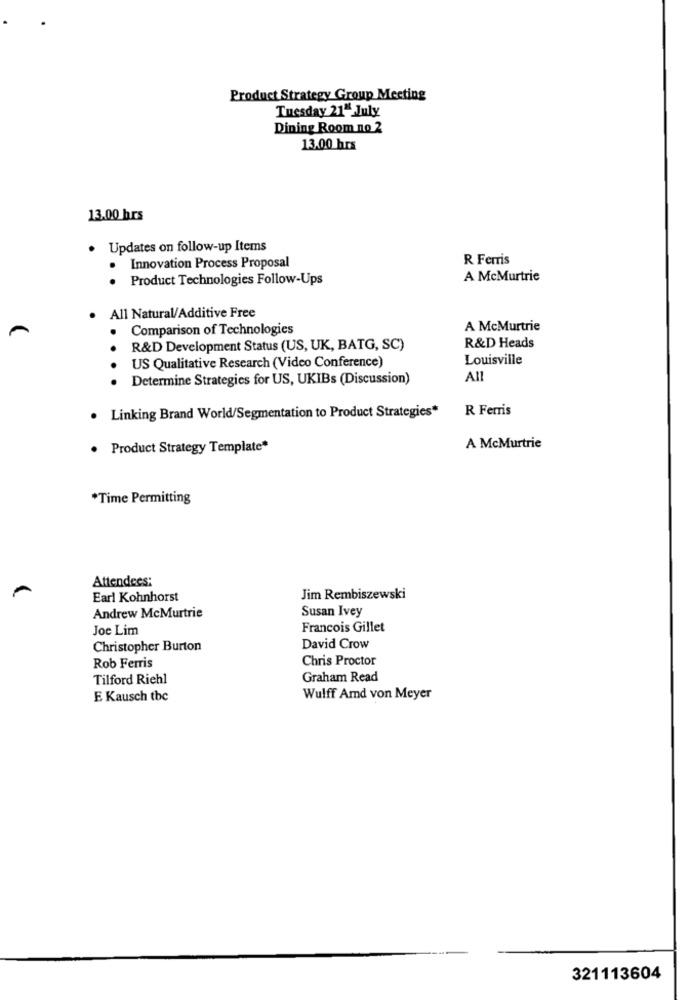
Product Strategy Group Meeting
Tuesday 21" July
Dining Room no 2
13,00 hrs
13.00 hrs
· Updates on follow-up Items
R Ferris
Innovation Process Proposal
Product Technologies Follow-Ups
A McMurtrie
.
All Natural/Additive Free
Comparison of Technologies
A McMurtrie
R&D Heads
R&D Development Status (US, UK, BATG, SC)
US Qualitative Research (Video Conference)
Louisville
Determine Strategies for US, UKIBs (Discussion)
All
Linking Brand World/Segmentation to Product Strategies*
R Ferris
· Product Strategy Template*
A McMurtrie
*Time Permitting
Attendees:
Earl Kohnhorst
Jim Rembiszewski
Susan Ivey
Andrew McMurtrie
Joe Lim
Francois Gillet
Christopher Burton
David Crow
Chris Proctor
Rob Ferris
Tilford Riehl
Graham Read
E Kausch the
Wulff Amd von Meyer
321113604